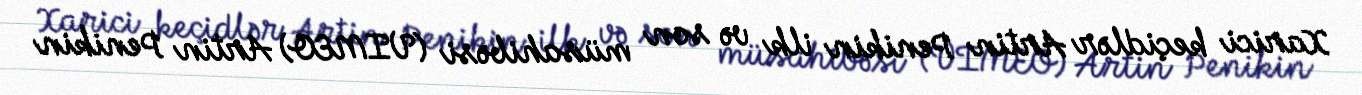
Xarici keçidlər Artin Penikin ilk və son müsahibəsi (VIMEO) Artin Penikin